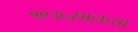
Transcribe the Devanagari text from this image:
१९३५सालच्या